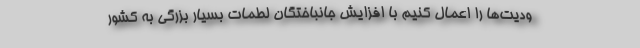
ودیت‌ها را اعمال کنیم با افزایش جانباختگان لطمات بسیار بزرگی به کشور